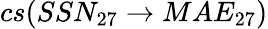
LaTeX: cs(SSN_{27}\rightarrow MAE_{27})